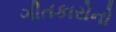
ગીતકારોનો